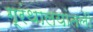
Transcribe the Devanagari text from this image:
ग्रंथालयांतली